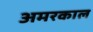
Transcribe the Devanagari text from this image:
अमरकाल